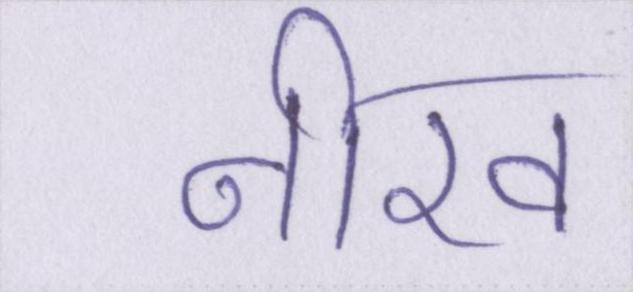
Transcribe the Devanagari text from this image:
नीरव